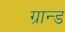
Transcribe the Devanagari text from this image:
ग्रान्ड